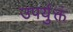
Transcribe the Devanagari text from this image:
उपर्युक्तं